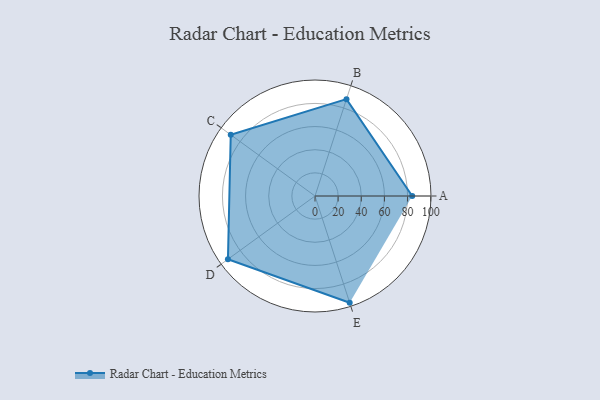
{"axis": {"x": "Skill", "y": "Score"}, "legend": ["Profile"], "data": [{"x": "A", "y": 84.0, "type": "Profile"}, {"x": "B", "y": 88.0, "type": "Profile"}, {"x": "C", "y": 90.0, "type": "Profile"}, {"x": "D", "y": 93.0, "type": "Profile"}, {"x": "E", "y": 97.0, "type": "Profile"}]}